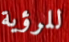
للرؤية